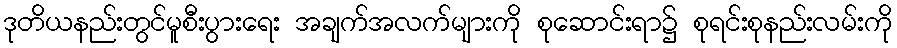
ဒုတိယနည်းတွင်မူစီးပွားရေး အချက်အလက်များကို စုဆောင်းရာ၌ စုရင်းစုနည်းလမ်းကို